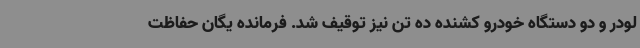
لودر و دو دستگاه خودرو کشنده ده تن نیز توقیف شد. فرمانده یگان حفاظت